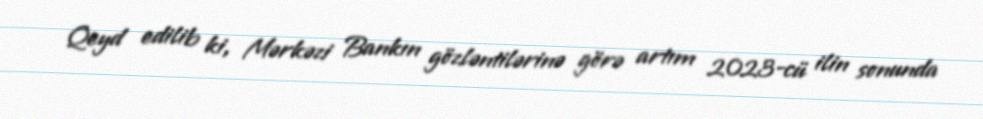
Qeyd edilib ki, Mərkəzi Bankın gözləntilərinə görə artım 2023-cü ilin sonunda